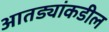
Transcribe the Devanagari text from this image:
आतड्यांकडील